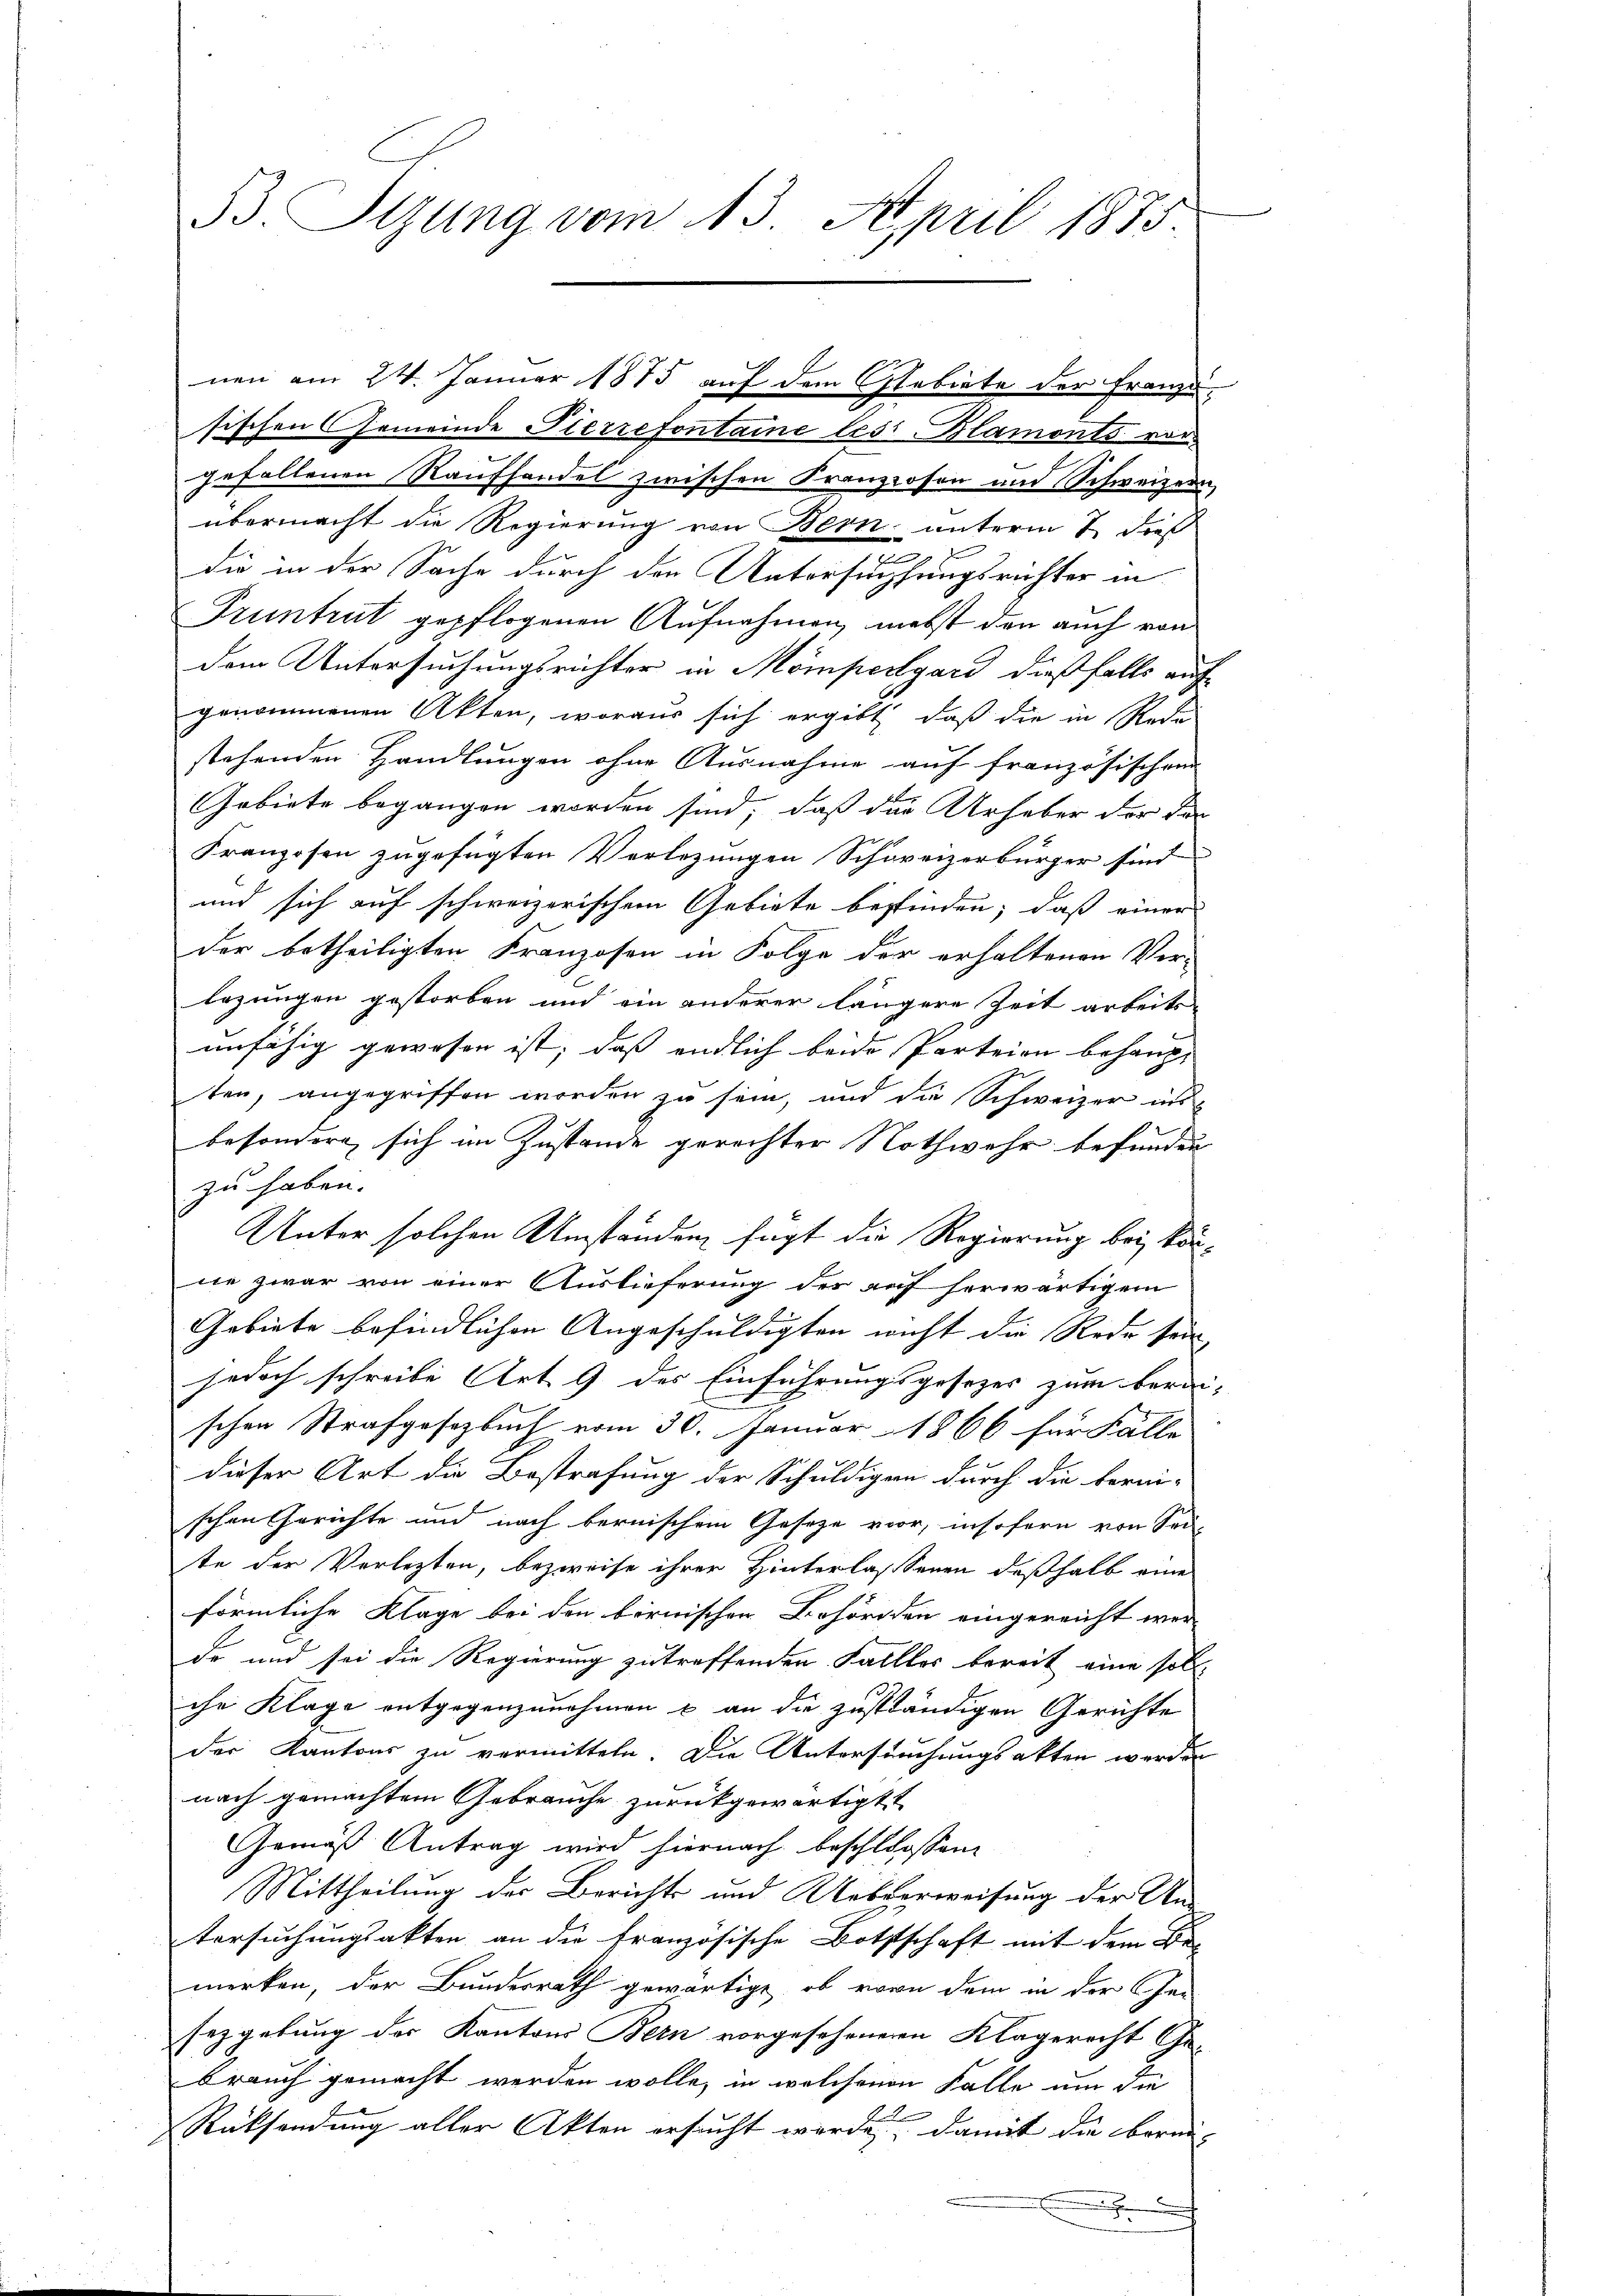
53. Stzung vom 13. April 1873.

sischen Gemeinde Pierrefontaine les Blamonts vor
gefallenen Raufhandel zwischen Kranzosen und Schweizern
übermacht die Regierung von Bern unterm 7. dieß
x
die in der Sache durch den Untersuchungsrichter in
Pruntrut gepflogenen Aufnahmen, nebst den auch von
dem Untersuchungsrichter in Mömperlgard dießfalls auf
genommenen Akten, woraus sich ergibt, daß die in Rede
stehenden Handlungen ohne Ausnahme auf französischen
Gebiete begangen worden sind, daß die Urheber der der
Franzosen zugefügten Verlegungen Schweizerbürger sind
und sich auf schweizerischem Gebiete bestinden, daß einer
der betheiligten Franzosen in Folge der erhaltenen Ver-
legungen gestorben und ein anderer längere Zeit arbeits-
unfähig gewesen ist, daß endlich beide Parteien behaup-
ten, angegriffen worden zu sein, und die Schweizer ins
besondern sich im Zustande gerechter Nothwehr befunden
zu haben.
Unter solchen Umständen fügt die Regierung bei könne zwar von einer Auslieferung der auf herwärtigem
Gebiete befindlichen Angeschuldigten wicht die Rede sein,
jedoch schreibe Art. 9 des Einführungsgesezes zum bereischen Strafgesetzbuch vom 30. Januar 1866 für Fälle
dieser Art die Bestrafung der Schuldigen durch die berni-
schen Gerichte und nach bernischem Gesetze vor, insofern von Sei-
te der Verlezten, bezweife ihrer Hinterlassenen deßhalb eine
förmliche Klage bei den bernischen Behörden eingereicht wer
Er und sei die Regierung zutreffenden Fallles bereit eine soll
che Klage entgegenzunehmen & an die zuständigen Gerichte
der Kantons zu vermitteln. Die Untersuchungsakten werden
nach gemachtem Gebrauche zurückgewärtigt
Gemäß Antrag wird hiernach beschlossen
Mittheilung der Berichts und Ueberweisung der Antersuchungsakten an die französische Bothtschaft mit dem Be-
merken, der Bundesrath gewärtige, ob vorn dem in der Ge-
sezgebung der Kantons Bein vorgeseheneren Klagerecht Ge-
brauch gemacht werden wolle, in welchenen Falle um die
Art.
Rüksendung aller Akten ersucht werde, damit die berei-
x
e

nen am 24. Januar 1875 auf dem Gebiete der Franzu-